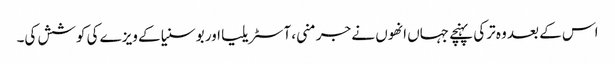
اس کے بعد وہ ترکی پہنچے جہاں انھوں نے جرمنی، آسٹریلیا اور بوسنیا کے ویزے کی کوشش کی۔